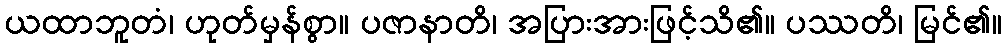
ယထာဘူတံ၊ ဟုတ်မှန်စွာ။ ပဇာနာတိ၊ အပြားအားဖြင့်သိ၏။ ပဿတိ၊ မြင်၏။